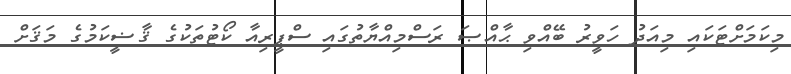
މިކަމަށްޓަކައި މިއަދު ހަވީރު ބޭއްވި ޙާއްޞަ ރަސްމިއްޔާތުގައި ސްޕީރިއާ ކޯޓުތަކުގެ ޤާޟީކަމުގެ މަޤަށް